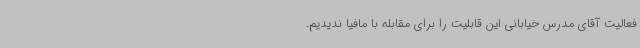
فعالیت آقای مدرس خیابانی این قابلیت را برای مقابله با مافیا ندیدیم.